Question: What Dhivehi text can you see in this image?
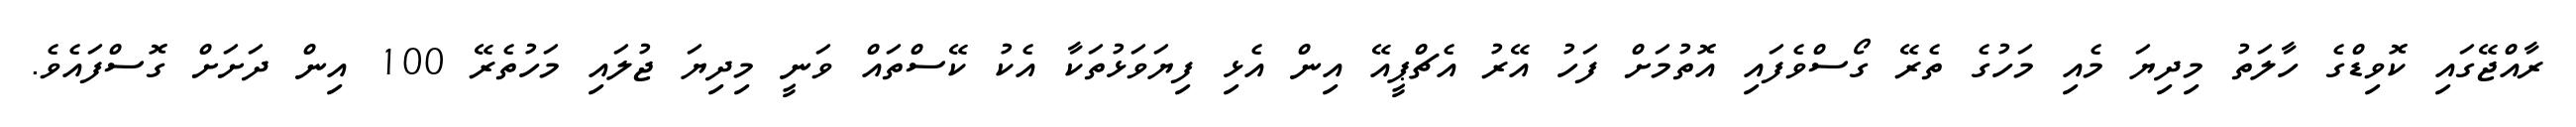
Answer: ރާއްޖޭގައި ކޮވިޑްގެ ހާލަތު މިދިޔަ މެއި މަހުގެ ތެރޭ ގޯސްވެފައި އޮތުމަށް ފަހު އޭރު އެޗްޕީއޭ އިން އެޅި ފިޔަވަޅުތަކާ އެކު ކޭސްތައް ވަނީ މިދިޔަ ޖުލައި މަހުތެރޭ 100 އިން ދަށަށް ގޮސްފައެވެ.